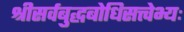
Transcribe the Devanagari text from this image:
श्रीसर्वबुद्धबोधिसत्त्वेभ्यः